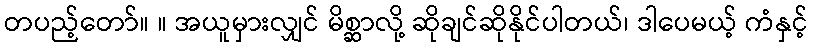
တပည့်တော်။ ။ အယူမှားလျှင် မိစ္ဆာလို့ ဆိုချင်ဆိုနိုင်ပါတယ်၊ ဒါပေမယ့် ကံနှင့်